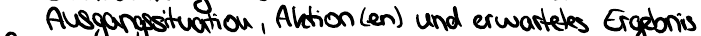
Ausgangssituation, Aktion(en) und erwartetes Ergebnis